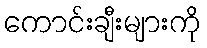
ကောင်းချီးများကို